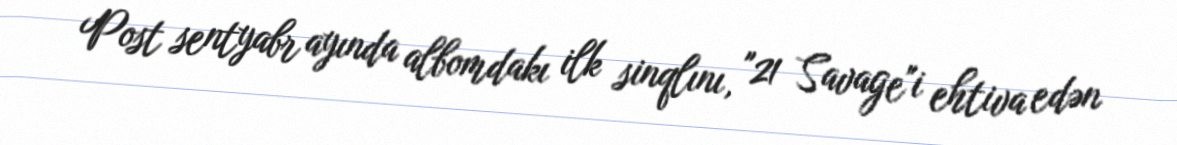
Post sentyabr ayında albomdakı ilk sinqlını, "21 Savage"i ehtiva edən